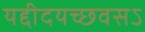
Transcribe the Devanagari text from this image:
यद्दीदयच्छवसऽ